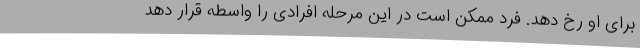
برای او رخ‌ دهد. فرد ممکن است در این مرحله افرادی را واسطه قرار دهد